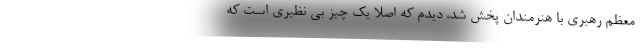
معظم رهبری با هنرمندان پخش شد، دیدم که اصلا یک چیز بی نظیری است که